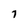
Character: 7